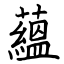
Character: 蘊